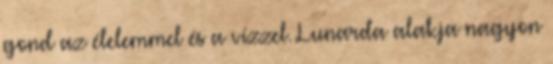
gond az élelemmel és a vízzel. Lunarda alakja nagyon